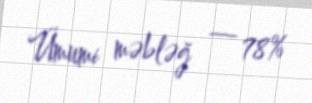
Ümumi məbləğ — 78%